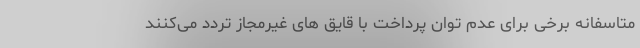
متاسفانه برخی برای عدم توان پرداخت با قایق های غیرمجاز تردد می‌کنند